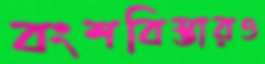
বংশবিস্তারও